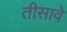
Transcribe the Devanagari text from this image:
तीसावे